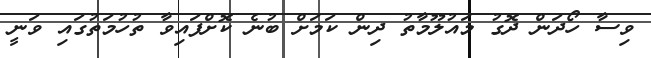
ވިސާ ހޯދަން ދޮގު މައުލޫމާތު ދިން ކަމަށް ބުނެ ކޮށްފައިވާ ތުހުމަތުގައި ވަނީ